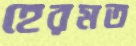
হেরমত